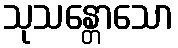
သုသန္တောသော